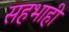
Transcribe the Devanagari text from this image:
सहभाही